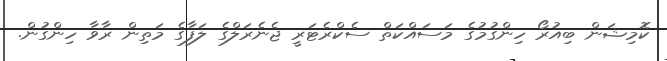
ކޮމިޝަން ބިއުރޯ ހިންގުމުގެ މަސައްކަތް ސެކްރެޓަރީ ޖެނެރަލްގެ ލަފާގެ މަތިން ރާވާ ހިންގުން.